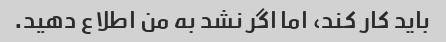
باید کار کند، اما اگر نشد به من اطلاع دهید.